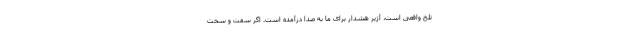
تلخ واقعی است، آژیر هشدار برای ما به صدا درآمده است. اگر سفت و سخت